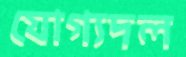
যোগ্যদল